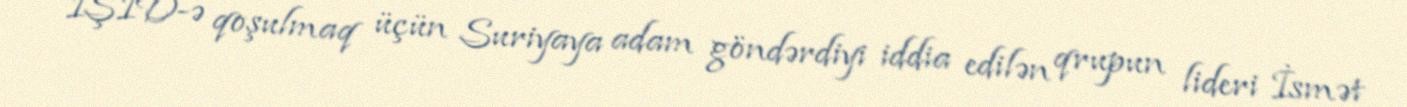
İŞİD-ə qoşulmaq üçün Suriyaya adam göndərdiyi iddia edilən qrupun lideri İsmət